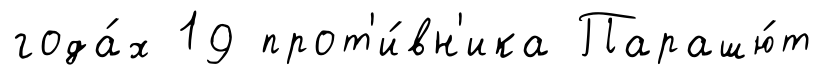
года́х 19 прот'и́вн'ика Парашю́т